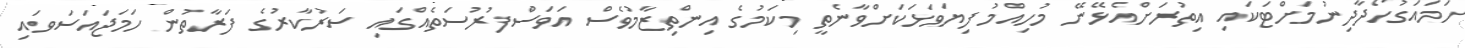
ހަމައަގުހޯދާދިނުމަށްޓަކައި އިތުރަށްއެޅޭނޭ މުހިއްމު ފިޔަވަޅަކަށްވާނެތީ މިކަމުގެ އިންތިޒާމުވެސް އަވަސްފުރުސަތެއްގައި ސަރުކާރުގެ ފަރާތުން ހަމަޖައަސަވައި